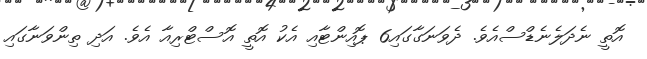
އޮތީ ނެދަލެނެޑްސްއެވެ. ދެވަނަގާގައި6 ޕޮއިންޓާއި އެކު އޮތީ އޮސްޓްރިއާ އެވެ. އަދި ތިންވަނާގައި